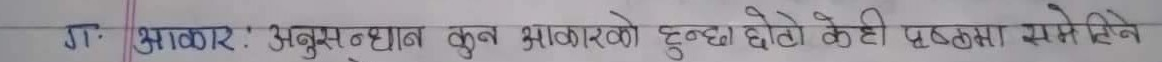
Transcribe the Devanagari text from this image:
ग. आकार: अनुसन्धान कुल आकारको हुन्छ। थोडो केही पृष्ठमा समेटिने